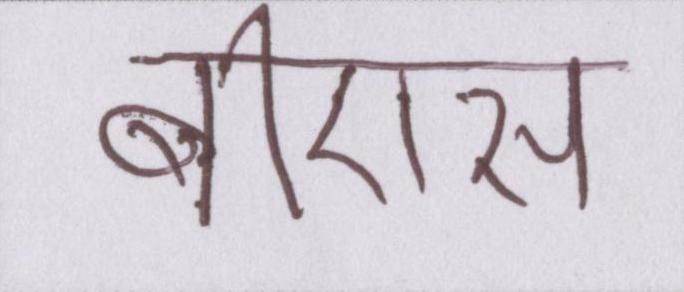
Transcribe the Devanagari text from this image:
बीएस